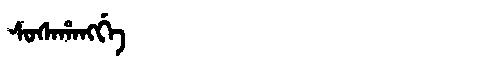
Manchu: ᠰᠣᠰᠠᡥᠠᠩᡤᡝ
Romanization: SOSAHANGGE